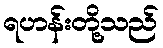
ရဟန်းတို့သည်